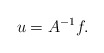
\begin{align*}u=A^{-1}f.\end{align*}